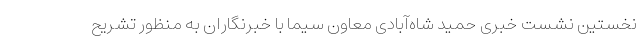
نخستین نشست خبری حمید شاه‌آبادی معاون سیما با خبرنگاران به منظور تشریح